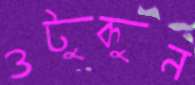
ওটুকুন